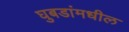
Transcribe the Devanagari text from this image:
घुबडांमधील